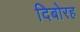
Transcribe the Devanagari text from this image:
दिबोरह